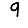
Digit: 9